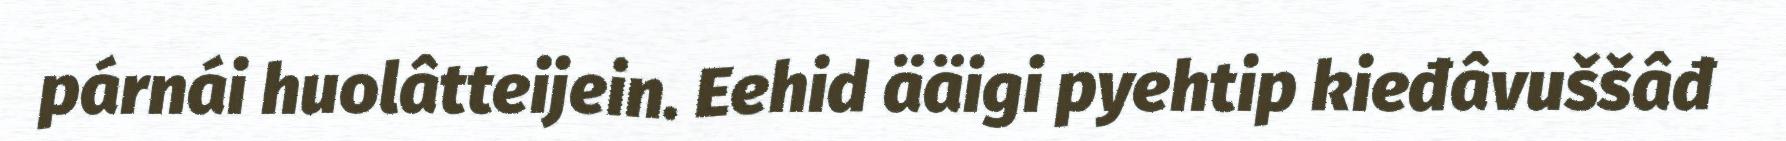
párnái huolâtteijein. Eehid ääigi pyehtip kieđâvuššâđ